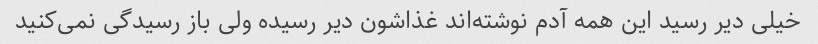
خیلی دیر رسید این همه آدم نوشته‌اند غذاشون دیر رسیده ولی باز رسیدگی نمی‌کنید